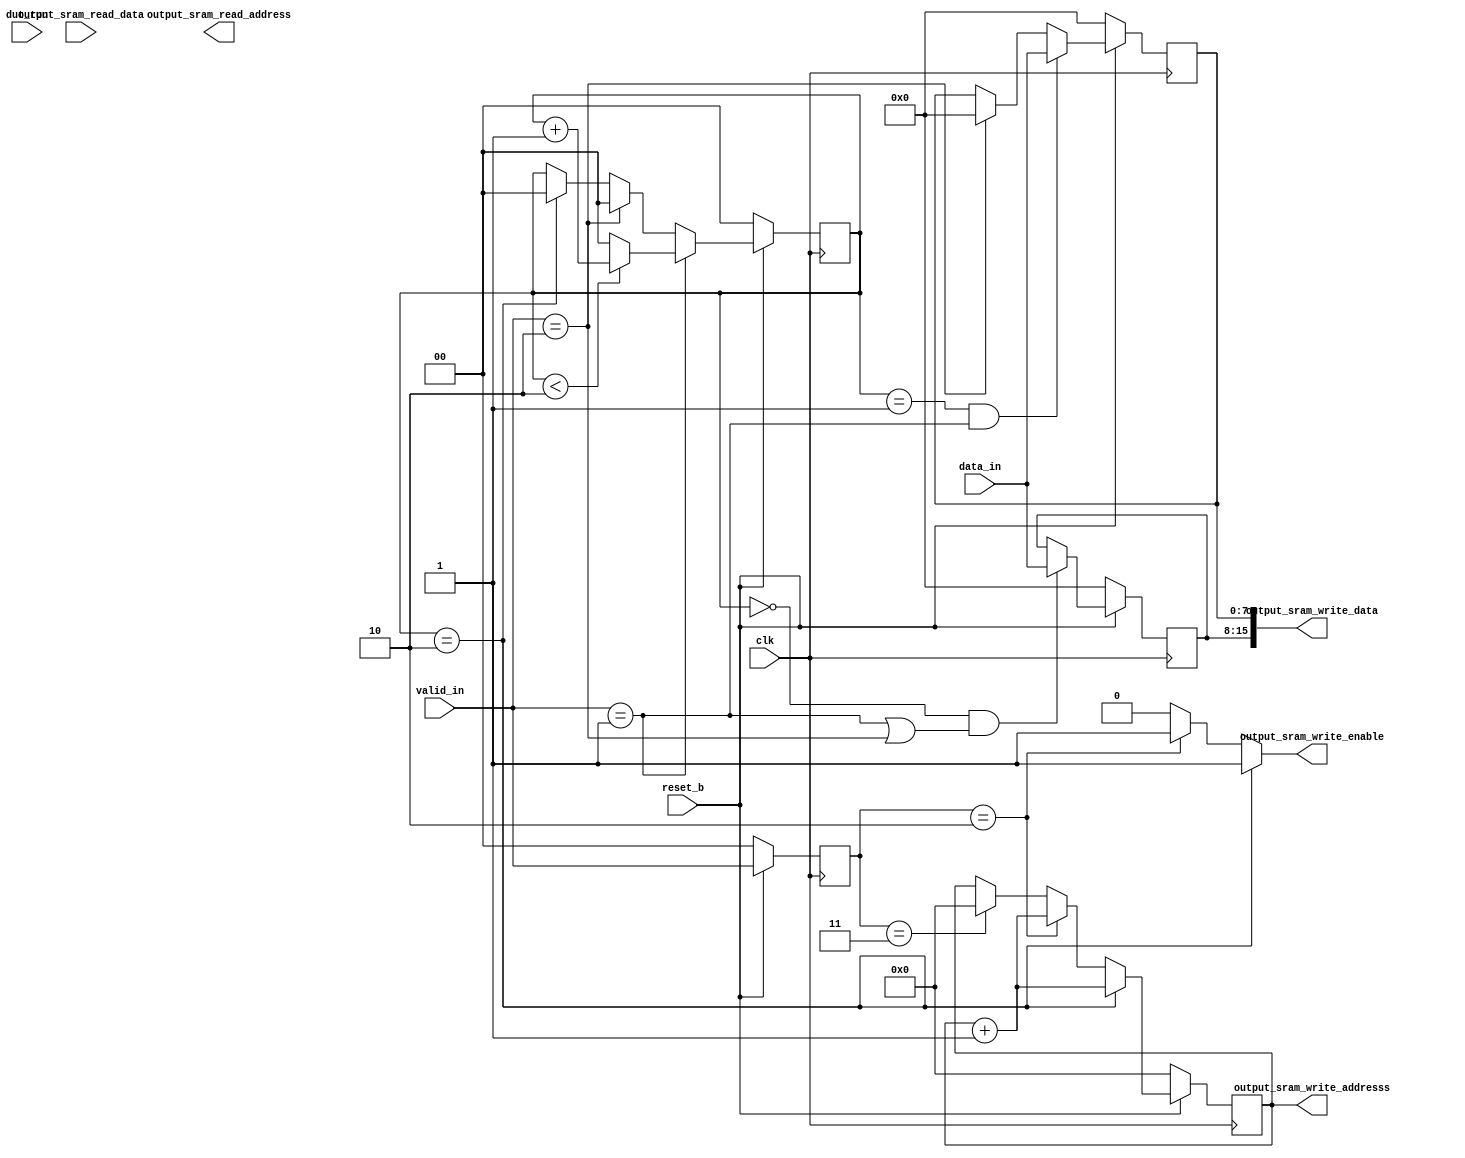
module OutputWrite(

	// control signals
	input wire 		  		clk										,
	input wire 		  		reset_b									,
	input wire        		dut_run									,

	//Output SRAM interface
  	output reg        		output_sram_write_enable    			,
  	output reg [11:0] 		output_sram_write_addresss 				,
  	output reg [15:0] 		output_sram_write_data      			,
  	output reg [11:0] 		output_sram_read_address    			,
  	input wire [15:0] 		output_sram_read_data       			,

	// max pooling layer output
	input wire [1 : 0] valid_in												,
	input wire [7:0] data_in																			

	// output signals

);

//---------------------------------------------------------------------------
// Internal Signals and Parameters Declerations
//---------------------------------------------------------------------------

// write address
reg [11 : 0] write_address;
reg [11 : 0] ns_write_address;

// msb data registers
reg [7 : 0] msb_register;
reg [7 : 0] ns_msb_register;

// lsb data registers
reg [7 : 0] lsb_register;
reg [7 : 0] ns_lsb_register;

// write counter
reg [1 : 0] write_counter;
reg [1 : 0] ns_write_counter;

// max pooling valid_in = 2 sync
reg [1 : 0] valid_in_sync;
reg [1 : 0] ns_valid_in_sync;

//---------------------------------------------------------------------------
// Valid In Sync
//---------------------------------------------------------------------------

// valid_in_sync : sequential logic
always@(posedge clk)
begin
	if(!reset_b)
	 begin
	 	valid_in_sync <= 2'h0;
	 end
	else
	 begin
	 	valid_in_sync	<= ns_valid_in_sync;
	 end
end

// valid_in_sync : combinational logic
always@(*)
begin
	ns_valid_in_sync = valid_in;
end


//---------------------------------------------------------------------------
// Write Counter
//---------------------------------------------------------------------------

// write counter : sequential logic
always@(posedge clk)
begin
	if(!reset_b)
	 begin
	 	write_counter <= 2'h0;
	 end
	else
	 begin
	 	write_counter <= ns_write_counter;
	 end
end

// write counter : combinational logic
always@(*)
begin
	if(valid_in == 2'h1)
	 begin
	 	if(write_counter < 2'h2)
	 	 begin
	 	 	ns_write_counter = write_counter + 2'h1;
	 	 end
	 	else
	 	 begin
	 	 	ns_write_counter = 2'h0;
	 	 end
	 end
	else if(valid_in == 2'h2)
	 begin
	 	ns_write_counter = 2'h0;
	 end
	else
		if(write_counter == 2'h2)
		 begin
		 	ns_write_counter = 2'h0;
		 end
		else
	     begin
	 		ns_write_counter = write_counter;
	     end
end


//---------------------------------------------------------------------------
// Write Address
//---------------------------------------------------------------------------

// write address : sequential logic
always@(posedge clk)
begin
	if(!reset_b)
	 begin
	 	write_address <= 12'h0;
	 end
	else
	 write_address <= ns_write_address;
end

// write address : combinational logic 
always@(*)
begin
	if(write_counter == 2'h2)
	 begin
	 	ns_write_address = write_address + 1'b1;
	 end
	else if(valid_in_sync == 2'h2)
	 begin
	 	ns_write_address = write_address + 1'b1;
	 end
	else if(valid_in_sync == 2'h3)
	 begin
	 	ns_write_address = 12'h0;
	 end
	else
	 begin
	 	ns_write_address = write_address;
	 end
end

//---------------------------------------------------------------------------
// MSB and LSB Registers
//---------------------------------------------------------------------------

// MSB LSB Registers : Sequential Logic
always@(posedge clk)
begin
	if(!reset_b)
	 begin
	 	msb_register <= 8'h0;
	 end
	else
	 begin
	 	msb_register <= ns_msb_register;
	 end
end

always@(posedge clk)
begin
	if(!reset_b)
	 begin
	 	lsb_register <= 8'h0;
	 end
	else
	 begin
	 	lsb_register <= ns_lsb_register;
	 end
end

// MSB LSB Registers : Combinational Logic
always@(*)
begin
	if(write_counter == 2'h0 && (valid_in == 2'h1 || valid_in == 2'h2))
	 begin
	 	ns_msb_register = data_in;
	 end
	else
	 begin
	 	ns_msb_register = msb_register;
	 end
end

always@(*)
begin
	if(write_counter == 2'h1 && valid_in == 2'h1)
	 begin
	 	ns_lsb_register = data_in;
	 end
	else if(valid_in == 2'h2)
	 begin
	 	ns_lsb_register = 8'h0;
	 end
	else
	 begin
	 	ns_lsb_register = lsb_register;
	 end
end

//---------------------------------------------------------------------------
// Output sram interface : Signal Assignment
//---------------------------------------------------------------------------

always@(*)
begin
	output_sram_write_data = {msb_register, lsb_register};
	output_sram_write_addresss = write_address;
end

always@(*)
begin
	if(write_counter == 2'h2)
	 begin
	 	output_sram_write_enable = 1'b1;
	 end
	else if(valid_in_sync == 2'h2)
	 begin
	 	output_sram_write_enable = 1'b1;
	 end
	else
	 begin
	 	output_sram_write_enable = 1'b0;
	 end
end
endmodule